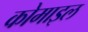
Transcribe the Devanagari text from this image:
कोमाइल